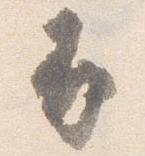
并